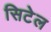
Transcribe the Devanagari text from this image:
सिटेल